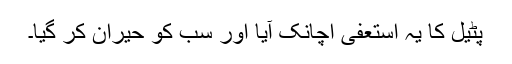
پٹیل کا یہ استعفیٰ اچانک آیا اور سب کو حیران کر گیا۔